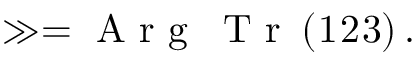
\begin{array} { r } { \gg = \mathrm { ~ A ~ r ~ g ~ } \: \mathrm { ~ T ~ r ~ } \left( \r _ { 1 } \r _ { 2 } \r _ { 3 } \right) . } \end{array}